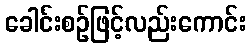
ခေါင်းစဉ်ဖြင့်လည်းကောင်း